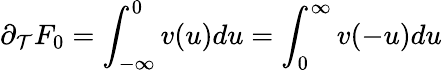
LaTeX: \partial_{\mathcal{T}}F_{0}=\int_{-\infty}^{0}v(u)du=\int_{0}^{\infty}v(-u)du